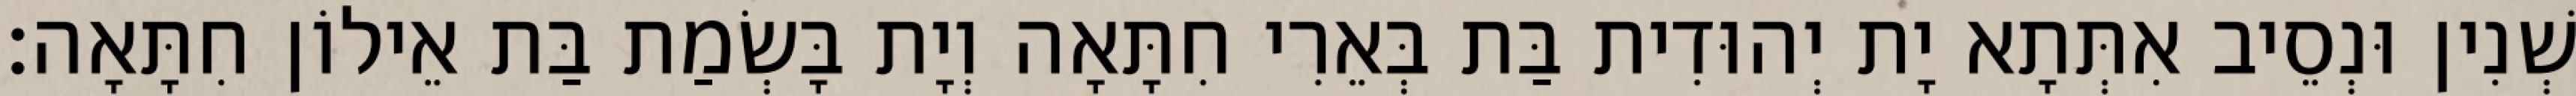
שְׁנִין וּנְסֵיב אִתְּתָא יָת יְהוּדִית בַּת בְּאֵרִי חִתָּאָה וְיָת בָּשְׂמַת בַּת אֵילוֹן חִתָּאָה׃